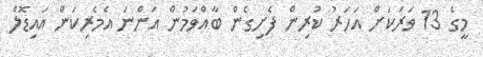
މީގެ 13 ވަރަކަށް އަހަރު ކުރިން ފެށިގެން ބާއްވަމުން އަންނަ އެމެރިކަން އައިޑޮލް